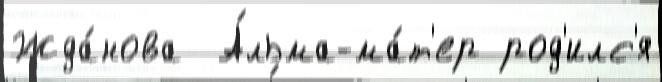
Жда́нова  А́льма-ма́т'ер род'илс'я